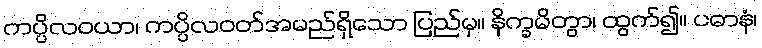
ကပ္ပိလဝယာ၊ ကပ္ပိလဝတ်အမည်ရှိသော ပြည်မှ။ နိက္ခမိတွာ၊ ထွက်၍။ ပဓာနံ၊